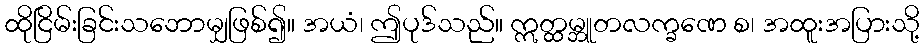
ထိုငြိမ်းခြင်းသဘောမျှဖြစ်၍။ အယံ၊ ဤပုဒ်သည်။ ဣတ္ထမ္ဘူတလက္ခဏေ စ၊ အထူးအပြားသို့